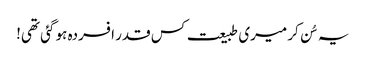
یہ سُن کر میری طبیعت کس قدر افسردہ ہو گئی تھی!